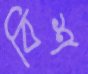
বিশ